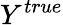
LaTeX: Y^{true}